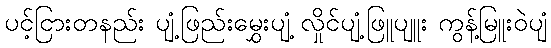
ပင့်ငြားတနည်း ပျံ့ဖြည်းမွှေးပျံ့ လှိုင်ပျံ့ဖြူပျူး ကွန့်မြူးဝဲပျံ